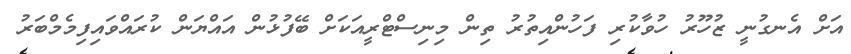
އަށް އެނގުނީ ޒުހޫރު ހުވާކުރި ފަހުންއިތުރު ތިން މިނިސްޓްރީއަކަށް ބޭފުޅުން އައްޔަން ކުރައްވައިފިމެމްބަރު